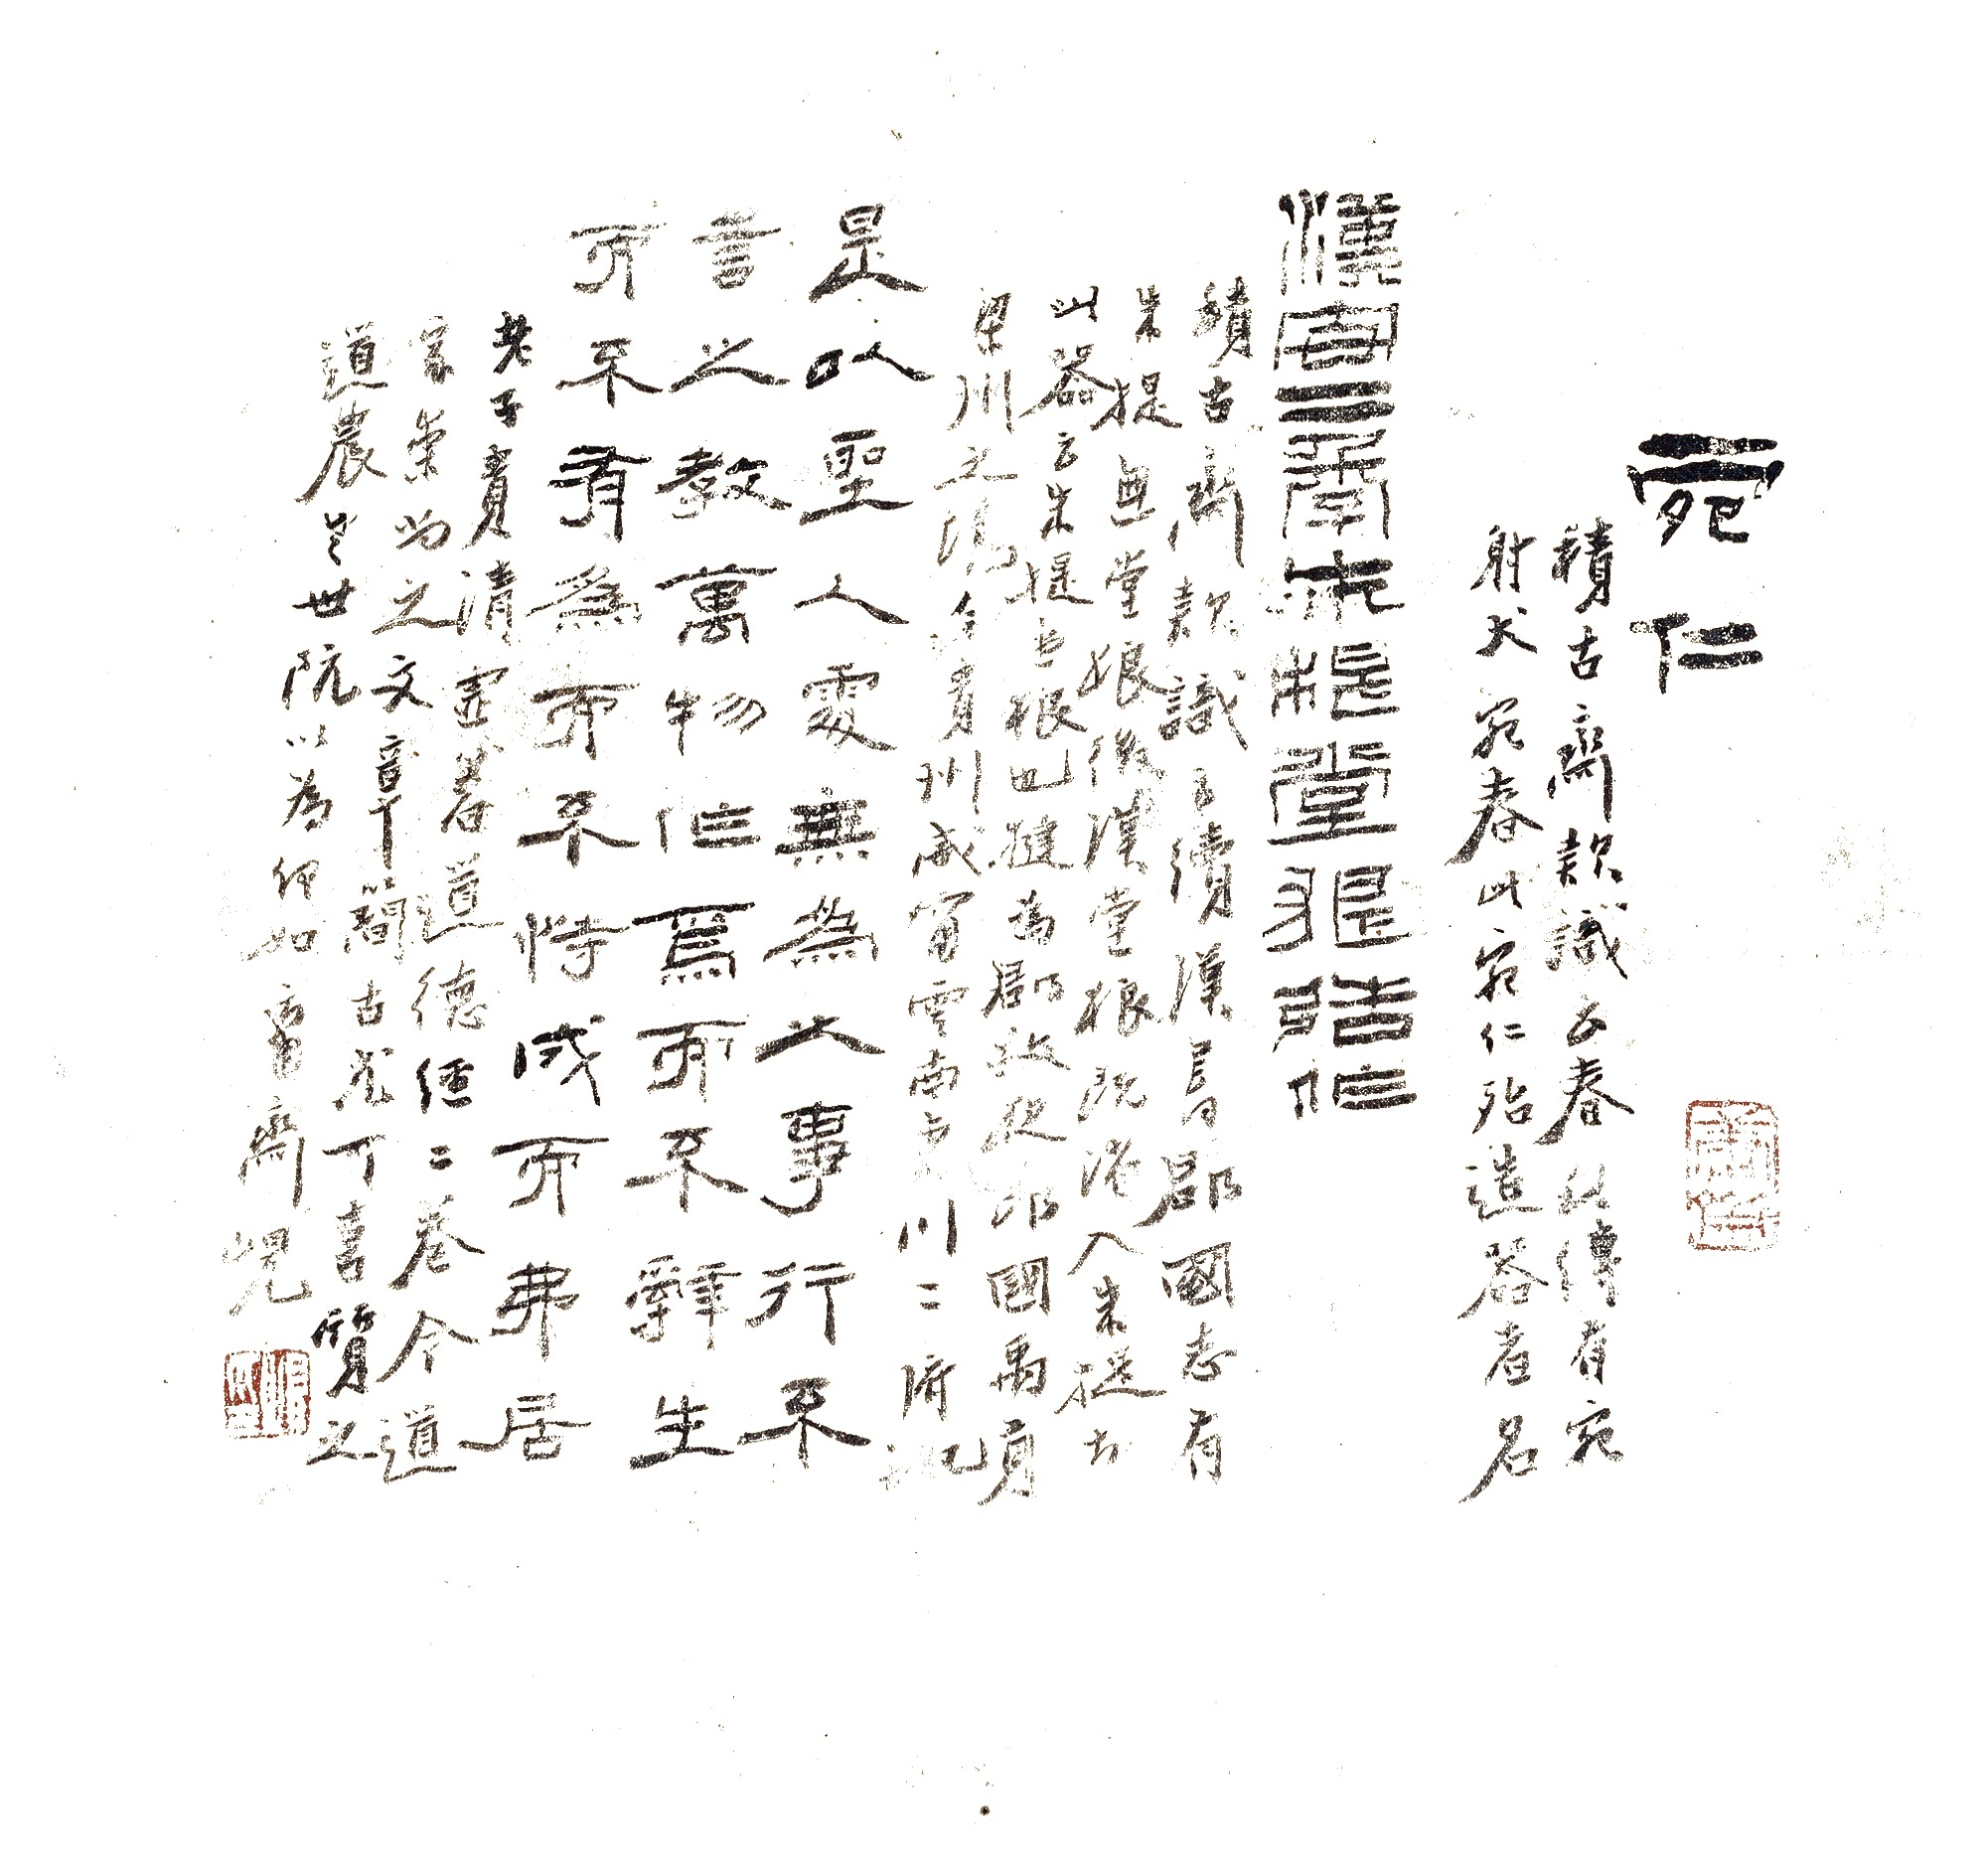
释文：宛仁。积古斋款识云：《春秋传》有“宛射犬”、“宛春”，此“宛仁”殆造器者名。

汉安二年朱提堂狼造作。积古斋款识云：《续汉书·郡国志》有“朱提”，无“堂狼”，后汉“堂狼”既渻入“朱提”，故此器云“朱提堂狼也”。揵为郡夜狼国禹贡，梁州之境，今贵州威宁、云南东川二府地。

是以圣人处无为之事，行不言之教，万物作焉，万物作焉而不辞，生而不有，为而不恃，功成而弗居。老子贵清虚，著《道德经》二卷，今道家崇尚之，文章简古，尤可喜。质之道农老世阮，以为何如？庸斋岘。